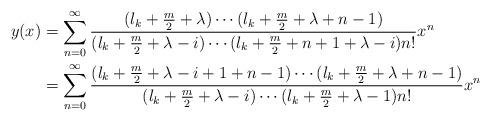
LaTeX: \begin{align*}y(x)&=\sum_{n=0}^{\infty}\frac{(l_k+\frac{m}{2}+\lambda)\cdots(l_k+\frac{m}{2}+\lambda+n-1)}{(l_k+\frac{m}{2}+\lambda-i)\cdots(l_k+\frac{m}{2}+n+1+\lambda-i)n!}x^n\\&=\sum_{n=0}^{\infty}\frac{(l_k+\frac{m}{2}+\lambda-i+1+n-1)\cdots(l_k+\frac{m}{2}+\lambda+n-1)}{(l_k+\frac{m}{2}+\lambda-i)\cdots(l_k+\frac{m}{2}+\lambda-1)n!}x^n\end{align*}